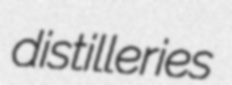
distilleries